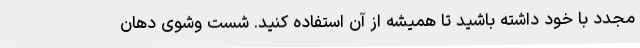
مجدد با خود داشته باشید تا همیشه از آن استفاده کنید. شست وشوی دهان